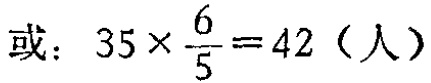
或：\(35\times\frac{6}{5}=42\)（人）